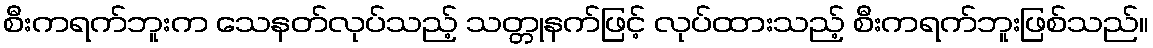
စီးကရက်ဘူးက သေနတ်လုပ်သည့် သတ္တုနက်ဖြင့် လုပ်ထားသည့် စီးကရက်ဘူးဖြစ်သည်။